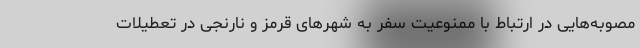
مصوبه‌هایی در ارتباط با ممنوعیت سفر به شهرهای قرمز و نارنجی در تعطیلات